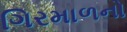
ગિરમાળનો